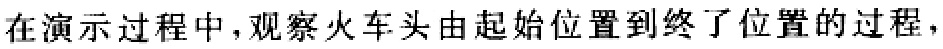
在演示过程中,观察火车头由起始位置到终了位置的过程，